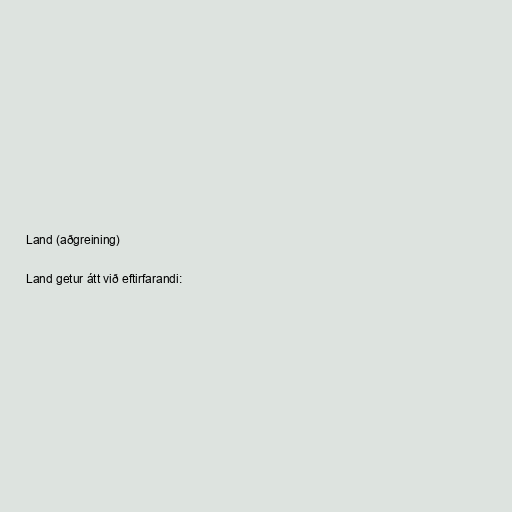
Land (aðgreining)

Land getur átt við eftirfarandi: